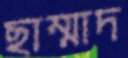
ছাম্মাদ